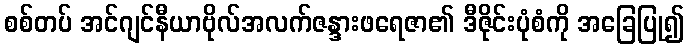
စစ်တပ် အင်ဂျင်နီယာဗိုလ်အလက်ဇန္ဒားဖရေဇာ၏ ဒီဇိုင်းပုံစံကို အခြေပြု၍